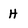
Character: H